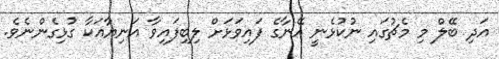
އަދި ބޭލް މި މެޗުގައި ނުކުޅެނީ އޭނާގެ ފައިވަޅަށް ލިބިފައިވާ އަނިޔާއަކާ ގުޅިގެންނެވެ.